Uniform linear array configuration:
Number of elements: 16
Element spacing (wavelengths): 1
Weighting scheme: hamming
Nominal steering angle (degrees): -60
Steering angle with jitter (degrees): -61.008
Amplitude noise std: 0.05
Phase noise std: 0.05

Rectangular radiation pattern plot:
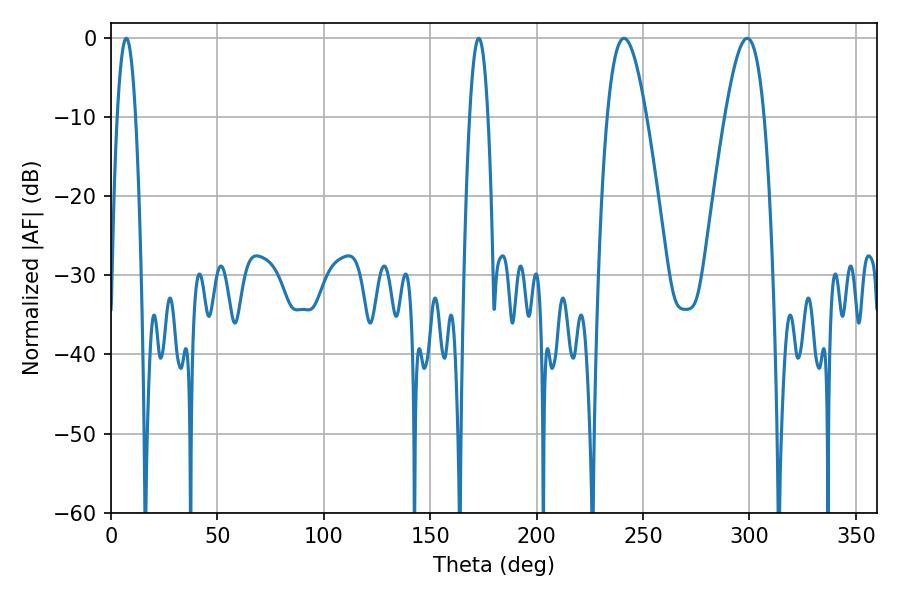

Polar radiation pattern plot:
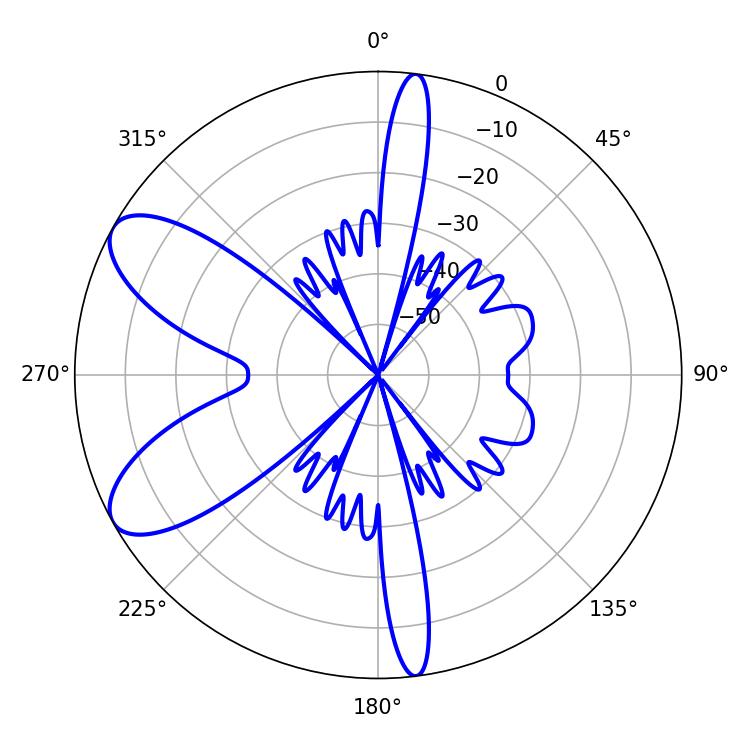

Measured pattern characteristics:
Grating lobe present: TRUE
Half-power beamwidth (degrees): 9.9
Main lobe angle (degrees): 241.02